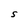
Character: S